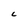
Character: C